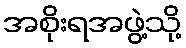
အစိုးရအဖွဲ့သို့